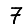
Digit: 7